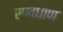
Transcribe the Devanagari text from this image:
सावधाण